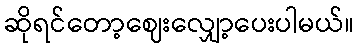
ဆိုရင်တော့ဈေးလျှော့ပေးပါမယ်။